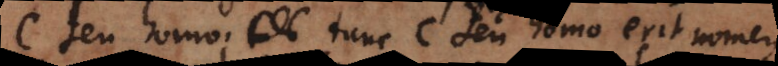
c seu homo; tunc c seu homo, erit nomen